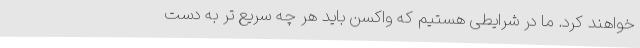
خواهند کرد. ما در شرایطی هستیم که واکسن باید هر چه سریع تر به دست